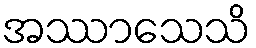
အဿာသေသိ